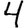
Digit: 4